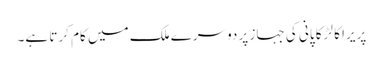
پریرا کا لڑکا پانی کی جہاز پر دوسرے ملک میں کام کرتا ہے۔